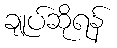
ချုပ်ဆိုရန်